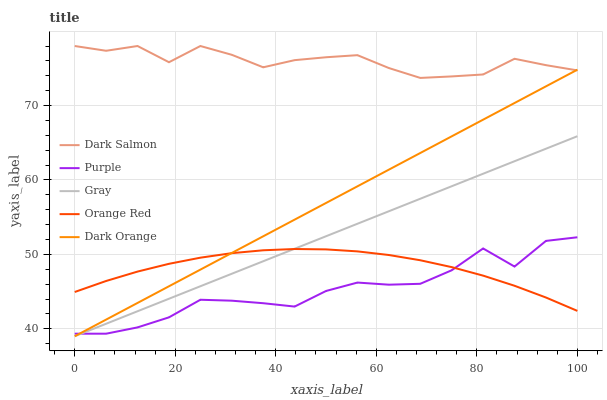
| xaxis_label | Dark Salmon | Purple | Gray | Orange Red | Dark Orange |
 | --- | --- | --- | --- | --- | --- |
 | 0 | 78 | 39.3 | 39 | 44.9 | 39 |
 | 6.25 | 77.4 | 39.3 | 40.7 | 46.4 | 41.2 |
 | 12.5 | 78 | 40.2 | 42.4 | 47.7 | 43.5 |
 | 18.8 | 75.8 | 41.5 | 44 | 48.7 | 45.7 |
 | 25 | 78 | 43.9 | 45.7 | 49.6 | 48 |
 | 31.2 | 76.8 | 43.8 | 47.4 | 50.2 | 50.2 |
 | 37.5 | 75.1 | 43.4 | 49.1 | 50.6 | 52.4 |
 | 43.8 | 76.1 | 43 | 50.8 | 50.7 | 54.7 |
 | 50 | 76.5 | 45.1 | 52.4 | 50.7 | 56.9 |
 | 56.2 | 76.8 | 46.2 | 54.1 | 50.4 | 59.1 |
 | 62.5 | 75 | 45.9 | 55.8 | 49.9 | 61.4 |
 | 68.8 | 73.7 | 46 | 57.5 | 49.2 | 63.6 |
 | 75 | 73.9 | 47.9 | 59.2 | 48.3 | 65.9 |
 | 81.2 | 74.2 | 50.8 | 60.8 | 47.1 | 68.1 |
 | 87.5 | 76.3 | 48.4 | 62.5 | 45.8 | 70.3 |
 | 93.8 | 75.4 | 51.8 | 64.2 | 44.2 | 72.6 |
 | 100 | 74.7 | 52.3 | 65.9 | 42.4 | 74.8 |